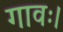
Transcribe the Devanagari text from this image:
गावः।